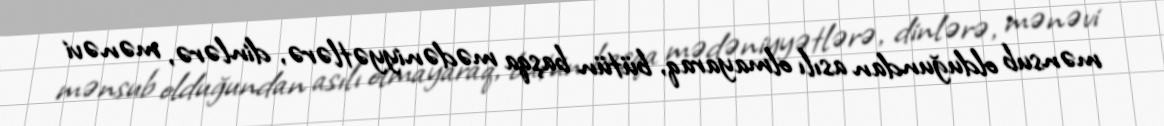
mənsub olduğundan asılı olmayaraq, bütün başqa mədəniyyətlərə, dinlərə, mənəvi